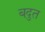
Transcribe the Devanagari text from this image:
बदुत